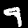
Digit: 9